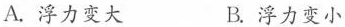
A. 浮力变大 B. 浮力变小